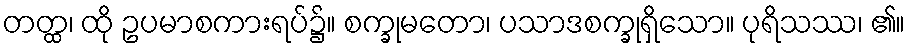
တတ္ထ၊ ထို ဥပမာစကားရပ်၌။ စက္ခုမတော၊ ပသာဒစက္ခုရှိသော။ ပုရိသဿ၊ ၏။